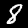
Digit: 8